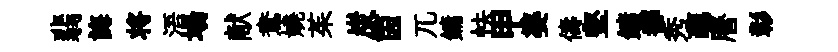
翡誨将浯場献鴦嬈茱炭茵兀鏞怯甲婆儔壑鏞都秀蘤曆彰